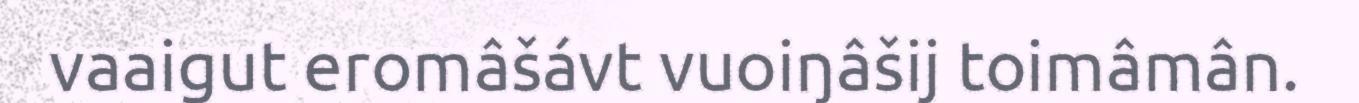
vaaigut eromâšávt vuoiŋâšij toimâmân.